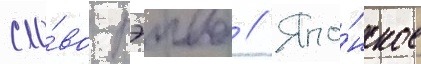
сло́во рэива // Япо́нское